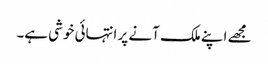
مجھے اپنے ملک آنے پر انتہائی خوشی ہے۔